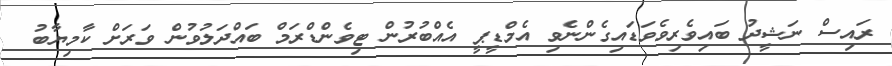
ރައިސް ނަޝީދު ބައިވެރިވެވަޑައިގެންނެވި އެމްޑީޕީ އެއްބުރުން ޓިވެންޑްރަމް ބައްދަލުވުން ވަރަށް ކާމިޔާބު